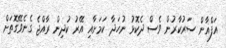
އަފްޣާން ސަރުކާރުން ވެސް ދެކޮޅު ނުހަދާ ކަމަށާއި އޭރު ކުދިން ރާއްޖެ ގެނެވޭގޮތަށް